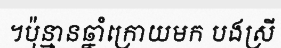
។ប៉ុន្មានឆ្នាំក្រោយមក បងស្រី